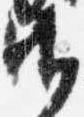
御